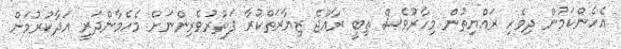
އެހެންކަމުން ދިވެހި ރައްޔިތުން މިހާރުވެސް ތިބީ ރާއްޖެ ޒިޔާރަތްކުރާ ފަތުރުވެރިންނަށް މެހެމާންދަރީ އަދާކުރުމަށް